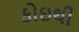
કોઇથી